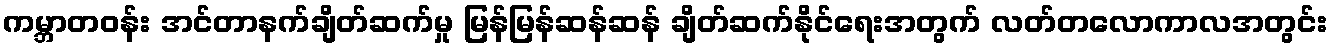
ကမ္ဘာတဝန်း အင်တာနက်ချိတ်ဆက်မှု မြန်မြန်ဆန်ဆန် ချိတ်ဆက်နိုင်ရေးအတွက် လတ်တလောကာလအတွင်း